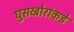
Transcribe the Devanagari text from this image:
घुसखोरांकडे